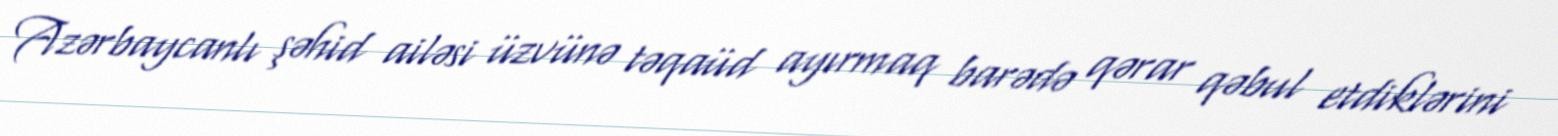
Azərbaycanlı şəhid ailəsi üzvünə təqaüd ayırmaq barədə qərar qəbul etdiklərini